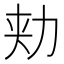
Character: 𰅍